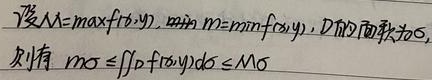
设\(M = \max f(x,y)\)， \(m = \min f(x,y)\)，\(D\)面积为\(\sigma\)，则有
\[m\sigma\leqslant\iint_{D}f(x,y)d\sigma\leqslant M\sigma\]